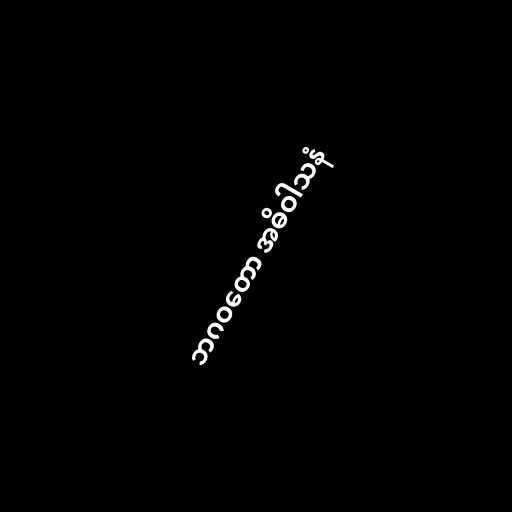
ဘဂဝတော အဓိဝါသနံ